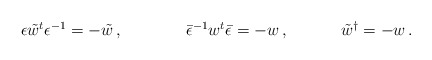
\begin{align*}\begin{array}{ccc}\epsilon\tilde{w}{}^{t}\epsilon^{-1}=-\tilde{w}\,,~~~~~&~~~~\bar{\epsilon}^{-1}w^{t}\bar{\epsilon}=-w\,,~~~~&~~~\tilde{w}{}^{\dagger}=-w\,.\end{array}\end{align*}